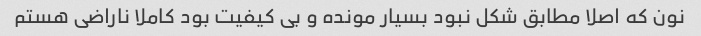
نون که اصلا مطابق شکل نبود بسیار مونده و بی کیفیت بود کاملا ناراضی هستم